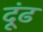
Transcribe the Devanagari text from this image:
दूंढ